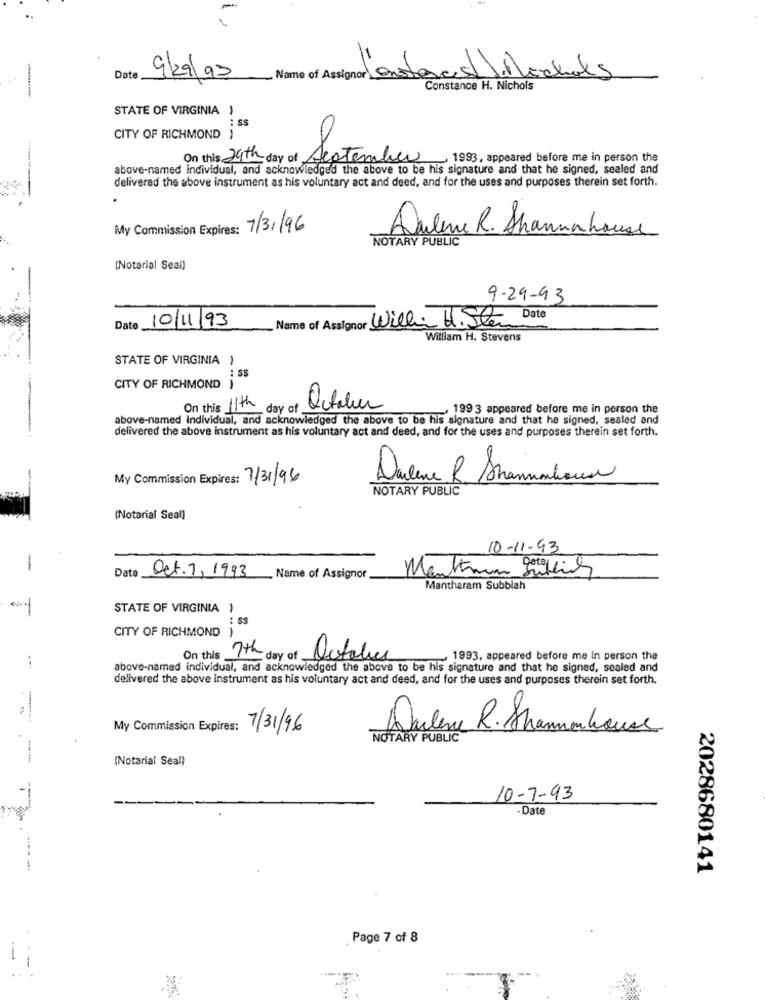
Date
9/29/92
_ Name of Assignor Ons
1.Macho
Constance H. Nichols
STATE OF VIRGINIA )
: SS
CITY OF RICHMOND )
On this 29th day of September
1993, appeared before me in person the
above-named individual, and acknowledged the above to be his signature and that he signed, sealed and
delivered the above instrument as his voluntary act and deed, and for the uses and purposes therein set forth.
My Commission Expires: 7/3//96
Dalene R. Shanna house
NOTARY PUBLIC
(Notarial Seal)
9-29-93
Name of Assignor Will: H. Ster
Date
Date 10/11/93
William H. Stevens
STATE OF VIRGINIA 1
: SS
CITY OF RICHMOND
On this 11th
day of
October
199 3 appeared before me in person the
above-named individual, and acknowledged the above to be his signature and that he signed, sealed and
delivered the above instrument as his voluntary act and deed, and for the uses and purposes therein set forth.
My Commission Expires: 7/31/96
Darlene R. Shamunhouse
NOTARY PUBLIC
(Notarial Seal]
10-11-93
-
Manktmun Settling
Date
Oct. 7, 1993
_ Name of Assignor
Mantharam Subbiah
STATE OF VIRGINIA )
: SS
CITY OF RICHMOND )
On this_
7th day of
October
1993. appeared before me In person the
above-named individual, and acknowledged the above to be his signature and that he signed, sealed and
delivered the above instrument as his voluntary act and deed, and for the uses and purposes therein set forth.
My Commission Expires:
7/31/96
Dulene R. Shamhouse
NOTARY PUBLIC
(Notarial Seal)
10-7-93
-Date
2028680141
Page 7 of 8
-